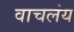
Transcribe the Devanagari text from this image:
वाचलंय